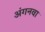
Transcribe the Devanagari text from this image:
अंगनवा